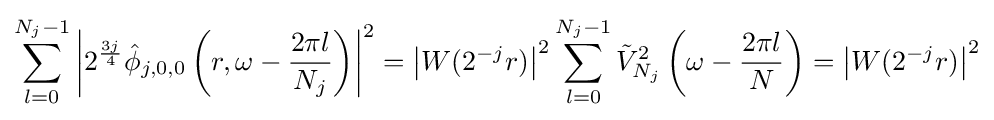
\sum _{l=0}^{N_{j}-1}\left|2^{\frac {3j}{4}}{\hat {\phi }}_{j,0,0}\left(r,\omega -{\frac {2\pi l}{N_{j}}}\right)\right|^{2}=\left|W(2^{-j}r)\right|^{2}\sum _{l=0}^{N_{j}-1}{\tilde {V}}_{N_{j}}^{2}\left(\omega -{\frac {2\pi l}{N}}\right)=\left|W(2^{-j}r)\right|^{2}